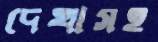
দেখাসহ